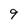
Character: 9